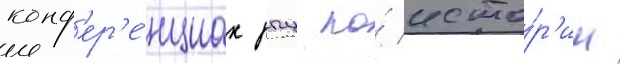
конф'ер'е́нциах рпц по́ исто́р'ии